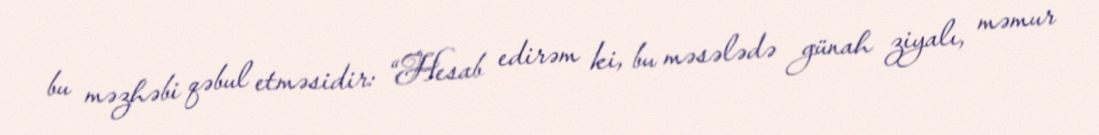
bu məzhəbi qəbul etməsidir: “Hesab edirəm ki, bu məsələdə günah ziyalı, məmur